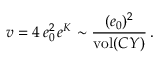
v = 4 \, e _ { 0 } ^ { 2 } \, e ^ { K } \sim { \frac { ( e _ { 0 } ) ^ { 2 } } { \mathrm { v o l } ( C Y ) } } \, .